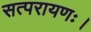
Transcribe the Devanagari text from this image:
सत्परायणः।